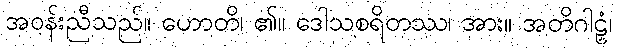
အဝန်းညီသည်။ ဟောတိ၊ ၏။ ဒေါသစရိတဿ၊ အား။ အတိဂါဠှံ၊